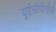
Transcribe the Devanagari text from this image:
यूईसीपीसीबी